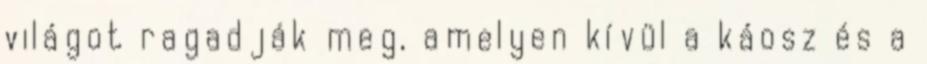
világot ragadják meg, amelyen kívül a káosz és a